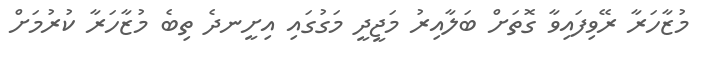
މުޒާހަރާ ރޭވިފައިވާ ގޮތަށް ބަލާއިރު މަޖީދީ މަގުގައި އިށީނދެ ތިބެ މުޒާހަރާ ކުރުމަށް